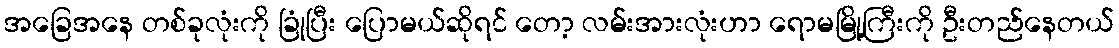
အခြေအနေ တစ်ခုလုံးကို ခြုံပြီး ပြောမယ်ဆိုရင် တော့ လမ်းအားလုံးဟာ ရောမမြို့ကြီးကို ဦးတည်နေတယ်